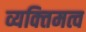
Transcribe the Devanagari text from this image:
व्यक्‍तिमत्व